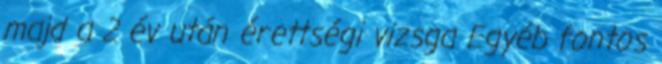
majd a 2 év után érettségi vizsga Egyéb fontos